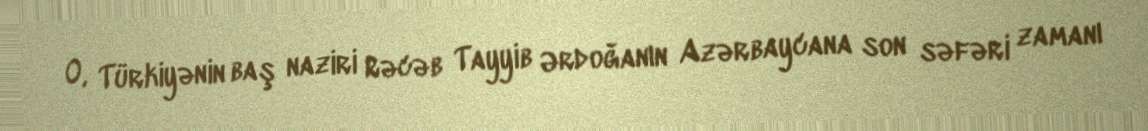
O, Türkiyənin baş naziri Rəcəb Tayyib Ərdoğanın Azərbaycana son səfəri zamanı